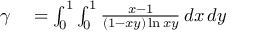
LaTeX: \begin{array} { r l } { \gamma } & { { } = \int _ { 0 } ^ { 1 } \int _ { 0 } ^ { 1 } { \frac { x - 1 } { ( 1 - x y ) \ln x y } } \, d x \, d y } \end{array}